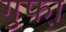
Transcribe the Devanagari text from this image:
गुफा़